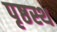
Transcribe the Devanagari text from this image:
पृष्ठस्थ